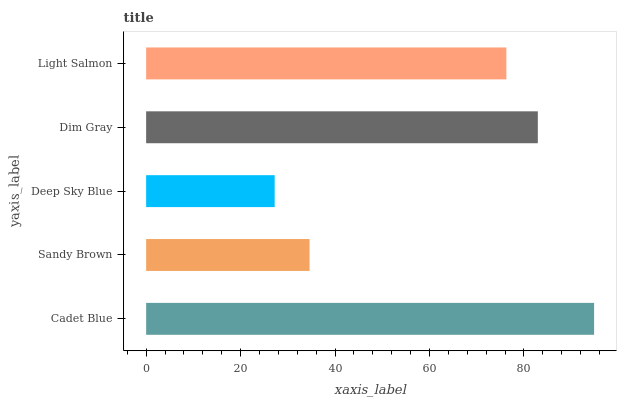
| yaxis_label | bars |
 | --- | --- |
 | Cadet Blue | 94.8 |
 | Sandy Brown | 34.6 |
 | Deep Sky Blue | 27.2 |
 | Dim Gray | 82.9 |
 | Light Salmon | 76.3 |